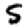
Digit: 5